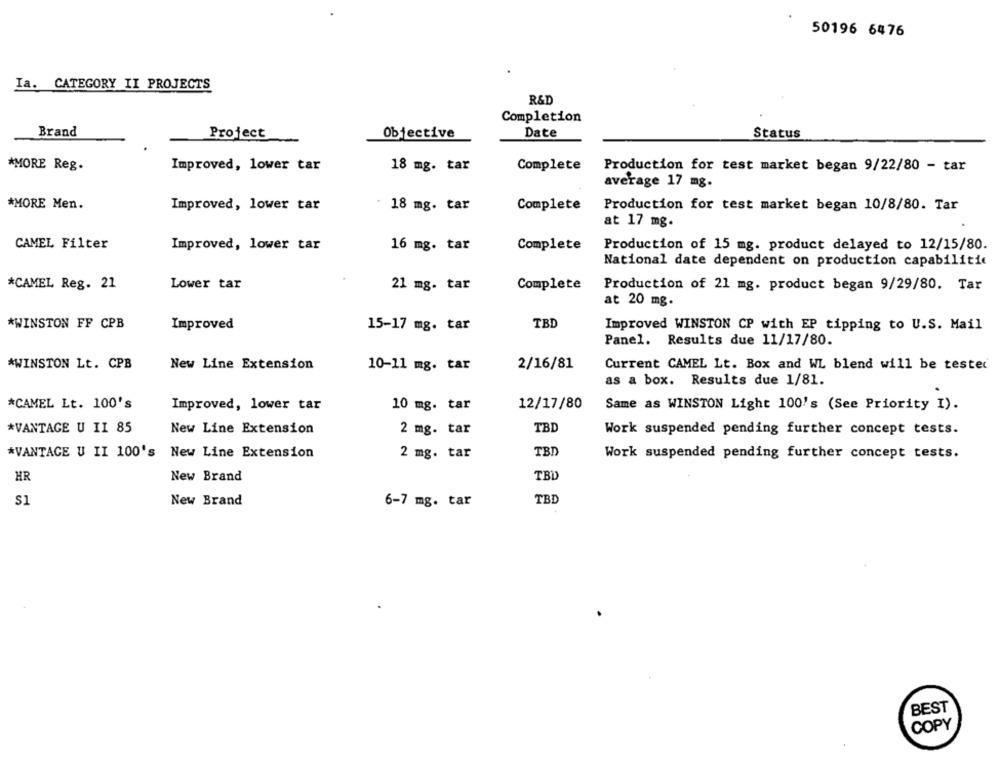
50196 6476
Ia. CATEGORY II PROJECTS
R&D
Completion
Brand
Project
Objective
Date
Status
*MORE Reg.
Improved, lower tar
18 mg. tar
Complete
Production for test market began 9/22/80 - tar
average 17 mg.
*MORE Men.
Improved, lower tar
18 mg. tar
Complete
Production for test market began 10/8/80. Tar
at 17 mg.
CAMEL Filter
Improved, lower tar
Complete
Production of 15 mg. product delayed to 12/15/80.
16 mg. tar
National date dependent on production capabilitie
Lower tar
*CAMEL Reg. 21
21 mg. tar
Complete
Production of 21 mg. product began 9/29/80. Tar
at 20 mg.
*WINSTON FF CPB
Improved
15-17 mg. tar
TBI
Improved WINSTON CP with EP tipping to U.S. Mail
Panel. Results due 11/17/80.
*WINSTON Lt. CPB
New Line Extension
10-11 mg. tar
2/16/81
Current CAMEL Lt. Box and WL blend will be tested
as a box. Results due 1/81.
*CAMEL Lt. 100's
Improved, lower tar
12/17/80
10 mg. tar
Same as WINSTON Light 100's (See Priority I).
*VANTAGE U II 85
TBD
New Line Extension
2 mg. tar
Work suspended pending further concept tests.
TBD
*VANTAGE U II 100's New Line Extension
2 mg. tar
Work suspended pending further concept tests.
HR
New Brand
TBD
S1
New Brand
6-7 mg. tar
TBD
BEST
COPY